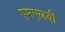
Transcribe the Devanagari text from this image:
एमएलवी